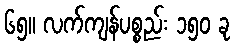
၆၅။ လက်ကျန်ပစ္စည်း ၁၅၀ ခု